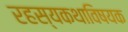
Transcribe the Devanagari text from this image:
रहस्यकथाविषयक